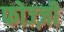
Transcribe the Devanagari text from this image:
फोज्ज़ी